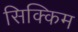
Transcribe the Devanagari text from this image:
सिक्किम